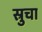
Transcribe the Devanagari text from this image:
स्रुचा